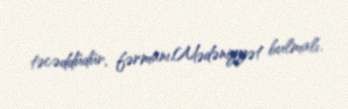
təcəddüdür, fərmanı,Mədəniyyət bulmalı.